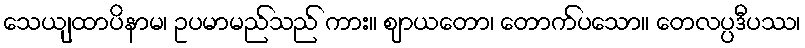
သေယျထာပိနာမ၊ ဥပမာမည်သည် ကား။ ဈာယတော၊ တောက်ပသော။ တေလပ္ပဒီပဿ၊